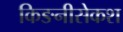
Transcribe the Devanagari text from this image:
किङनीसेकश